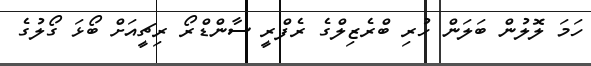
ހަމަ ލޮލުން ބަލަން ހުރި ބްރެޒިލްގެ ރެފްރީ ސާންޑްރޯ ރިޗީއަށް ބޯޅަ ގޯލުގެ